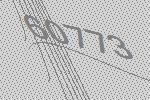
60773